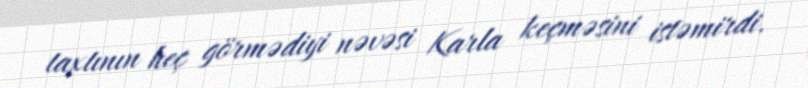
taxtının heç görmədiyi nəvəsi Karla keçməsini istəmirdi.